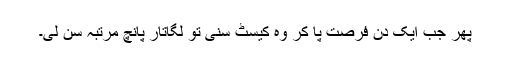
پھر جب ایک دن فرصت پا کر وہ کیسٹ سنی تو لگاتار پانچ مرتبہ سن لی۔